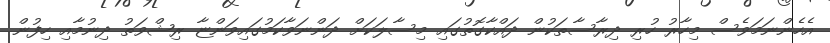
އެހެންނަމަވެސް މިހާރު ހުރި ދިރާސާތަކުން ދައްކާގޮތުގައި މިސާލަކަށް ދަންނަވާކަމުގައިވަންޏާ ރިޝްވަތު ދިނުމާއި ހިފުން